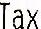
TAX